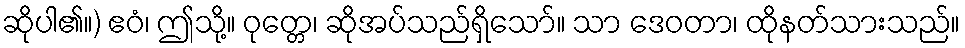
ဆိုပါ၏။) ဧဝံ၊ ဤသို့။ ဝုတ္တေ၊ ဆိုအပ်သည်ရှိသော်။ သာ ဒေဝတာ၊ ထိုနတ်သားသည်။